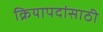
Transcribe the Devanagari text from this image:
क्रियापदांसाठी